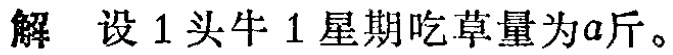
解 设 1 头牛 1 星期吃草量为\(a\)斤。